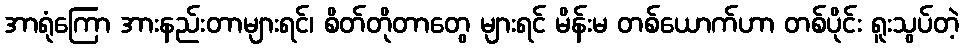
အာရုံကြော အားနည်းတာများရင်၊ စိတ်တိုတာတွေ များရင် မိန်းမ တစ်ယောက်ဟာ တစ်ပိုင်း ရူးသွပ်တဲ့